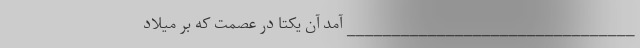
________________________________ آمد آن یکتا دُر عصمت که بر میلاد